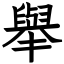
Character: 舉